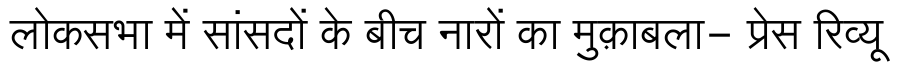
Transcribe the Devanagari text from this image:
लोकसभा में सांसदों के बीच नारों का मुक़ाबला- प्रेस रिव्यू